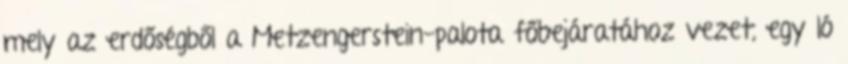
mely az erdőségből a Metzengerstein-palota főbejáratához vezet, egy ló